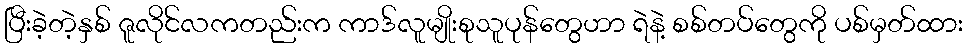
ပြီးခဲ့တဲ့နှစ် ဇူလိုင်လကတည်းက ကာဒ်လူမျိုးစုသူပုန်တွေဟာ ရဲနဲ့ စစ်တပ်တွေကို ပစ်မှတ်ထား